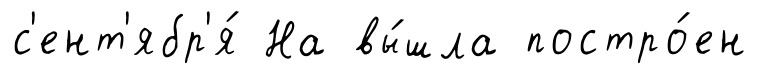
с'ент'ябр'я́ На вы́шла постро́ен